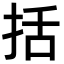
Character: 括